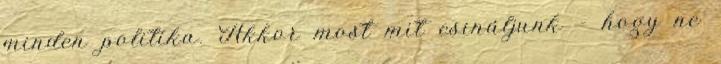
minden politika. Akkor most mit csináljunk - hogy ne